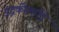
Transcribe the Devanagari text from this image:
इंद्रकीलाद्रि